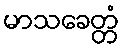
မာသခေတ္တံ